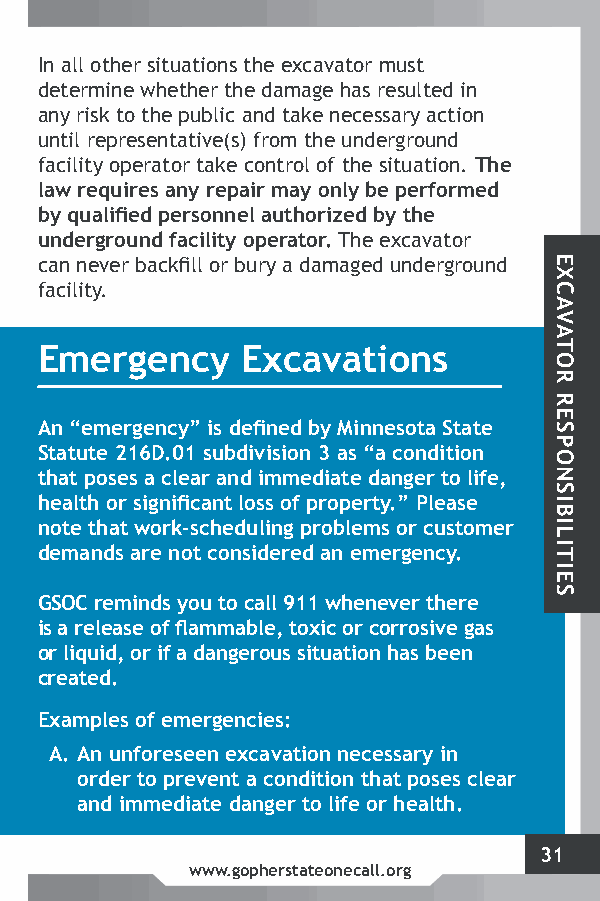
In all other situations the excavator must
 determine whether the damage has resulted in
 any risk to the public and take necessary action
 until representative(s) from the underground
 facility operator take control of the situation. The
 law requires any repair may only be performed
 by qualified personnel authorized by the
 underground facility operator. The excavator
 can never backfill or bury a damaged underground
 facility.
 Emergency     Excavations
 An “emergency” is defined by Minnesota State
 Statute 216D.01 subdivision 3 as “a condition
 that poses a clear and immediate danger to life,
 health or significant loss of property.” Please
 note that work-scheduling problems or customer
 demands are not considered an emergency.
 GSOC reminds you to call 911 whenever there
 is a release of flammable, toxic or corrosive gas
 or liquid, or if a dangerous situation has been
 created.
 Examples of emergencies:
 A. An unforeseen excavation necessary in
 order to prevent a condition that poses clear
 and immediate danger to life or health.
 31
 www.gopherstateonecall.org
 EXCAVATOR
 RESPONSIBILITIES